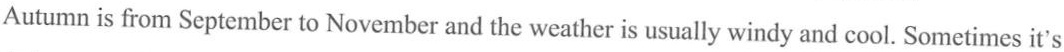
Autumn is from September to November and the weather is usually windy and cool. Sometimes it's